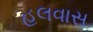
હલવાસ